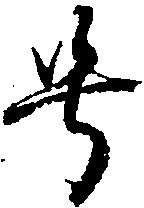
号